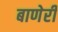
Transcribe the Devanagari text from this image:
बाणेरी